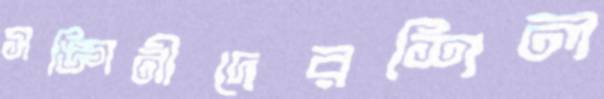
সঙ্গিনীদেরশিল